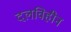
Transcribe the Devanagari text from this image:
दलविहीन